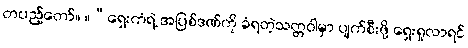
တပည့်တော်။ ။“ရှေးကံရဲ့ အပြစ်ဒဏ်ကို ခံရတဲ့သတ္တဝါမှာ ပျက်စီးဖို့ ရှေးရှုလာရင်